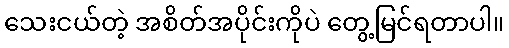
သေးငယ်တဲ့ အစိတ်အပိုင်းကိုပဲ တွေ့မြင်ရတာပါ။